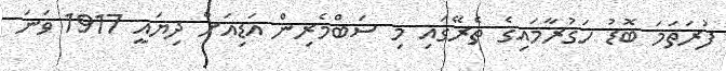
ފުރަތަމަ ބޮޑު ހަގުރާމައިގެ ތެރޭގައި މި ސަބްމެރިން އަޑިއަށް ދިޔައީ 1917 ވަނަ